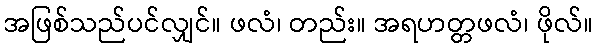
အဖြစ်သည်ပင်လျှင်။ ဖလံ၊ တည်း။ အရဟတ္တဖလံ၊ ဖိုလ်။